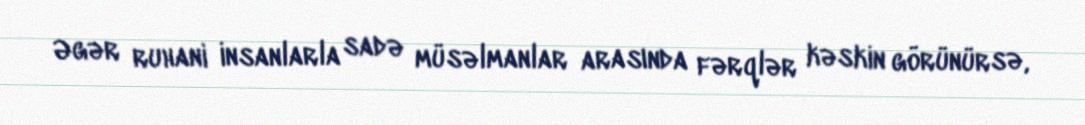
Əgər ruhani insanlarla sadə müsəlmanlar arasında fərqlər kəskin görünürsə,